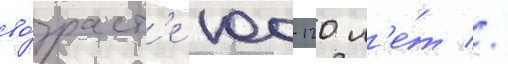
во́зраст'е 100-120 л'е́т //